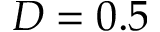
D = 0 . 5